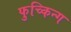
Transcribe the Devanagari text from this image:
फुच्किन्ग